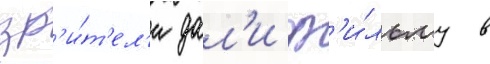
зр'и́т'ел'и дал'и ф'и́льму в